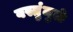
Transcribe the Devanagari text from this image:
वस्तुंमुळे